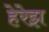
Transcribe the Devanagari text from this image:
हेरेझ